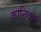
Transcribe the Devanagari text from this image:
कानिधान